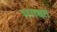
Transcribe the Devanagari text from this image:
भगबत